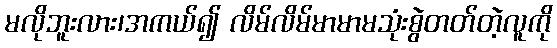
မလိုဘူးလား၊အကယ်၍ လိမ်လိမ်မာမာမသုံးစွဲတတ်တဲ့လူကို